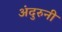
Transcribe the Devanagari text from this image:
अंदुरुनी